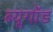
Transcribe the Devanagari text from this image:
ब्यूगॉड